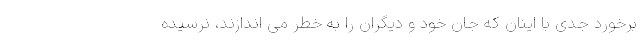
برخورد جدی با اینان که جان خود و دیگران را به خطر می اندازند، نرسیده